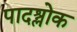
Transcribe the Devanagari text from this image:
पादश्लोक